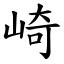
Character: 崎